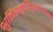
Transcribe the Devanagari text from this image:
श्रुतिस्मृतिपुराणोक्त